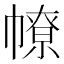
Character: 𢄷